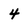
Character: 4